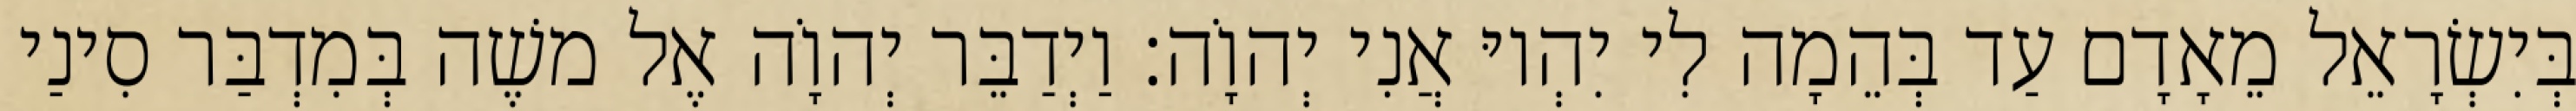
בְּיִשְׂרָאֵל מֵאָדָם עַד בְּהֵמָה לִי יִהְיוּ אֲנִי יְהוָֹה׃ וַיְדַבֵּר יְהוָֹה אֶל משֶׁה בְּמִדְבַּר סִינַי